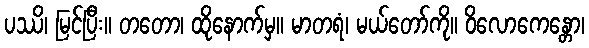
ပဿိ၊ မြင်ပြီး။ တတော၊ ထိုနောက်မှ။ မာတရံ၊ မယ်တော်ကို။ ဝိလောကေန္တော၊